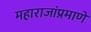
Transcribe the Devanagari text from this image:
महाराजांप्रमाणे